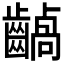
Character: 𪙚